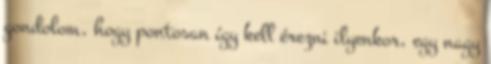
gondolom, hogy pontosan így kell érezni ilyenkor, egy nagy